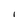
Character: I